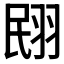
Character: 𮊼